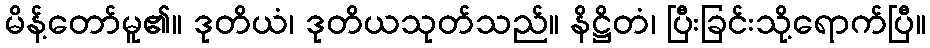
မိန့်တော်မူ၏။ ဒုတိယံ၊ ဒုတိယသုတ်သည်။ နိဋ္ဌိတံ၊ ပြီးခြင်းသို့ရောက်ပြီ။